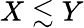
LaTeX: X\lesssim Y